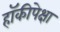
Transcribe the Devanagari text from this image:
हॉकीपेक्षा